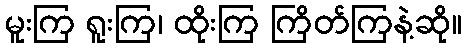
မူးကြ ရူးကြ၊ ထိုးကြ ကြိတ်ကြနဲ့ဆို။